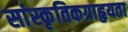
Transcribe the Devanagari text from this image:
सांस्कृतिकग्राहृयता